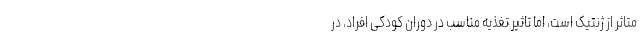
متاثر از ژنتیک است، اما تاثیر تغذیه مناسب در دوران کودکی افراد، در